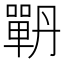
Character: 𭋉